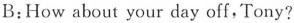
B:How about your day off,Tony?